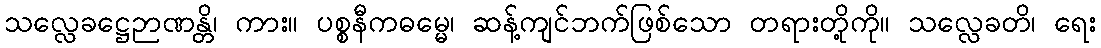
သလ္လေခဋ္ဌေဉာဏန္တိ၊ ကား။ ပစ္စနီကဓမ္မေ၊ ဆန့်ကျင်ဘက်ဖြစ်သော တရားတို့ကို။ သလ္လေခတိ၊ ရေး